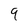
Character: 9